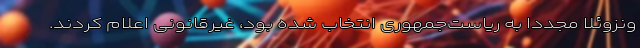
ونزوئلا مجددا به ریاست‌جمهوری انتخاب شده بود، غیرقانونی اعلام کردند.